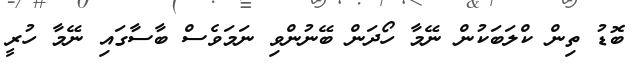
ބޮޑު ތިން ކްލަބަކުން ނޭމާ ހޯދަން ބޭނުންވި ނަމަވެސް ބާސާގައި ނޭމާ ހުރީ